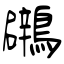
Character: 鸊